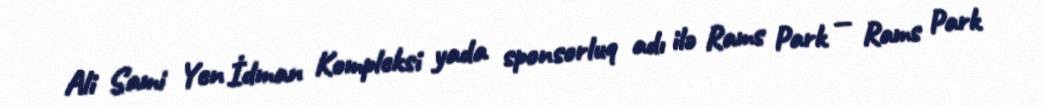
Ali Sami Yen İdman Kompleksi yada sponsorluq adı ilə Rams Park — Rams Park